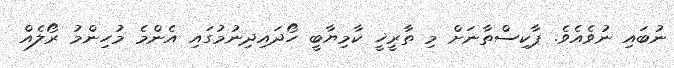
ނުބައި ނުވެއެވެ. ޕާކިސްތާނަށް މި ތާރީޚީ ކާމިޔާބީ ހޯދައިދިނުމުގައި އެންމެ މުހިންމު ރޯލެއް